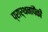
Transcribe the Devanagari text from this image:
प्रार्थनांपैकी